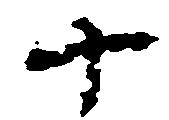
十